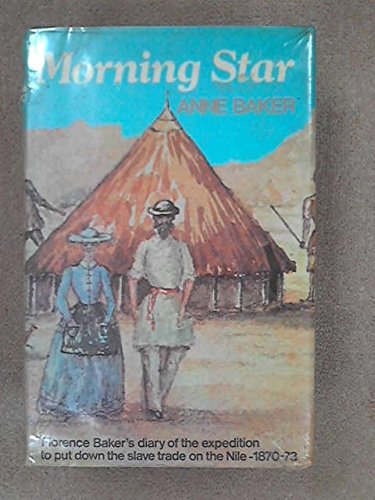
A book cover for Morning Star: Florence Baker's diary of the expedition to put down the slave trade on the Nile, 1870-1873;; Anne Baker; Travel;